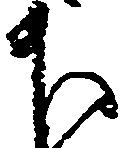
下